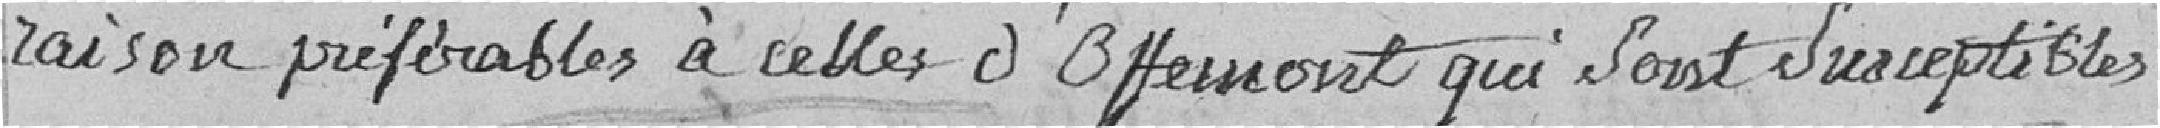
raison préférable à celles d'Offemont qui sont susceptibles